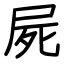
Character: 屍